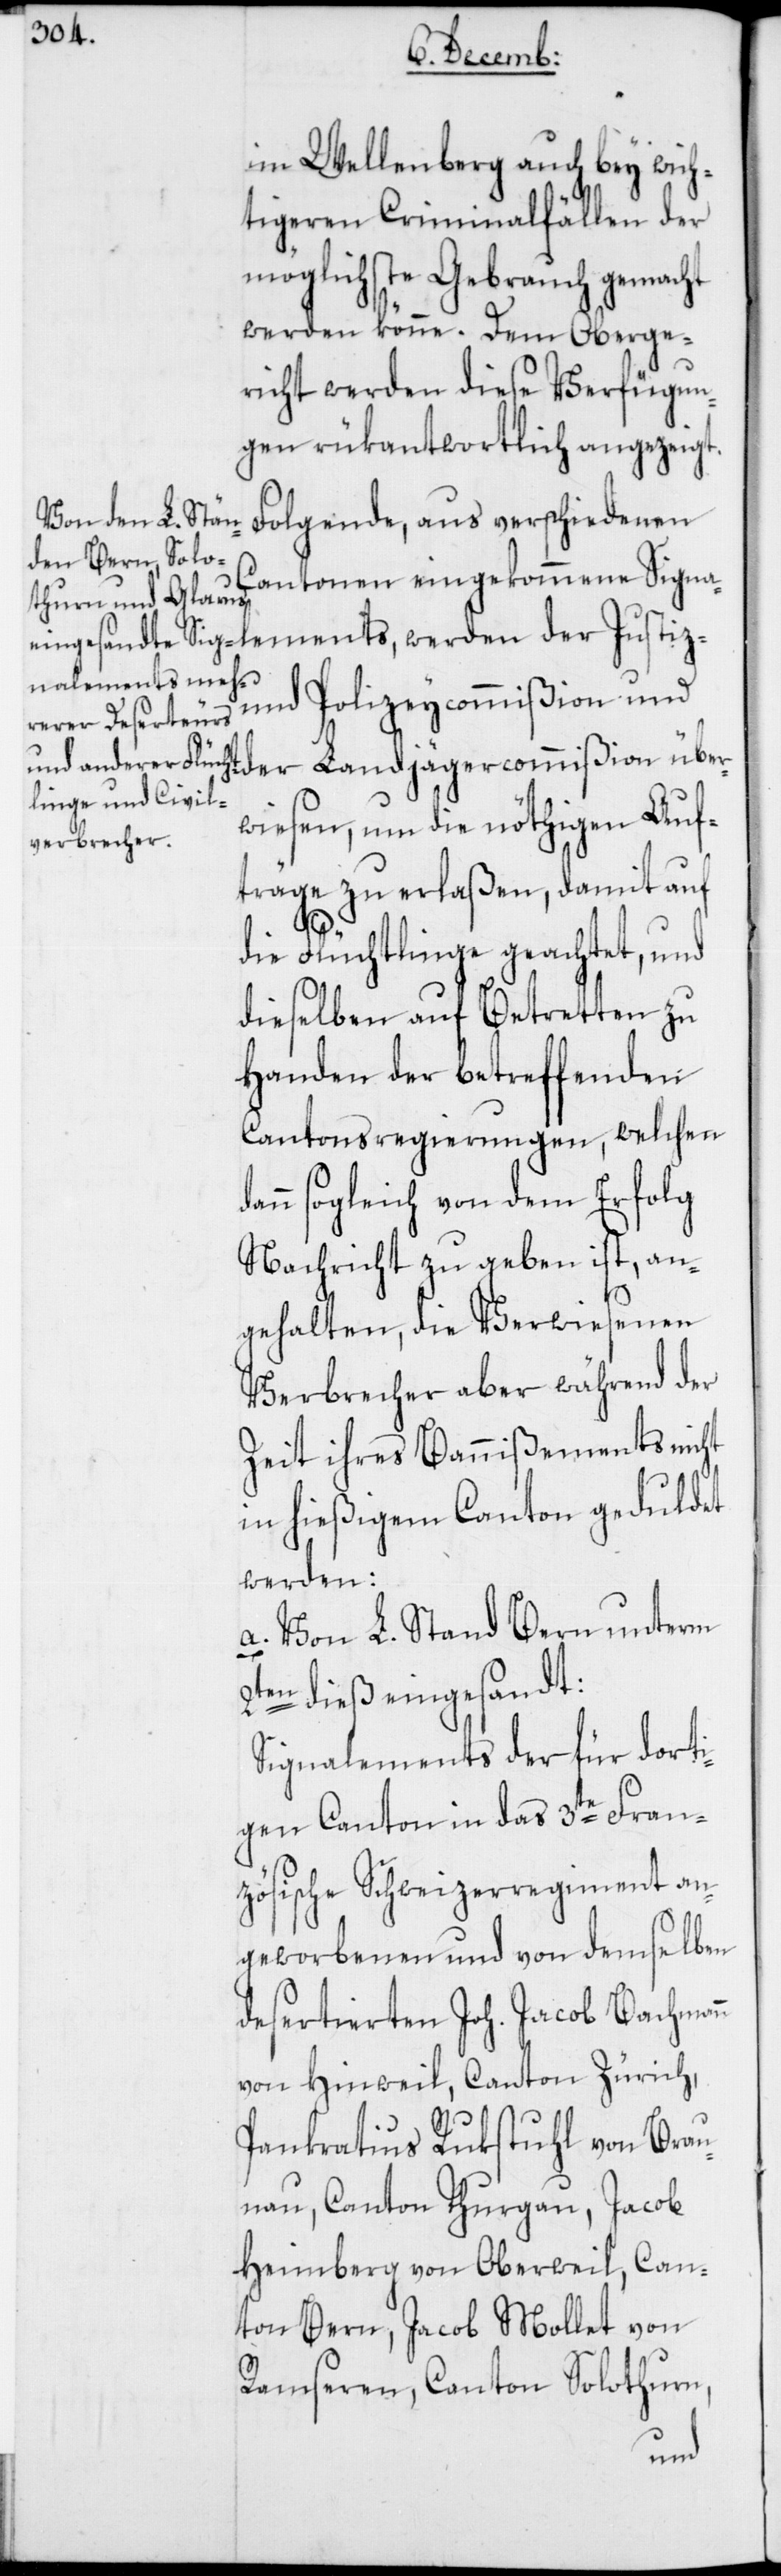
im Wellenberg auch bey wich¬
tigeren Criminalfällen der
möglichste Gebrauch gemacht
werden könne. Dem Oberge¬
richt werden diese Verfügun¬
gen rükantwortlich angezeigt.
Folgende, aus verschiedenen
Cantonen eingekommene Signa¬
und Polizeycommißion und
der Landjägercommißion über¬
wiesen, um die nöthigen Auf¬
träge zu erlaßen, damit auf
die Flüchtlinge geachtet, und
dieselben auf Betretten zu
Handen der betreffenden
Cantonsregierungen, welchen
dann sogleich von dem Erfolg
Nachricht zu geben ist, an¬
gehalten, die verwiesenen
Verbrecher aber während der
Zeit ihres Bannißements nicht
in hießigem Canton geduldet
werden:
a. Von L. Stand Bern unterm
2ten dieß eingesandt:
Signalements der für dorti¬
gen Canton in das 3te Fran¬
zösische Schweizerregiment an¬
geworbenen und von demselben
desertierten Joh. Jacob Bachmann
von Hinweil, Canton Zürich,
Pankratius Rukstuhl von Brau¬
nau, Canton Thurgau, Jacob
Heimberg von Oberweil, Can¬
ton Bern, Jacob Mollet von
Ramseren, Canton Solothurn,
ents,